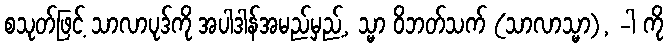
စသုတ်ဖြင့် သာလာပုဒ်ကို အပါဒါန်အမည်မှည့်, သ္မာ ဝိဘတ်သက် (သာလာသ္မာ), -ါ ကို